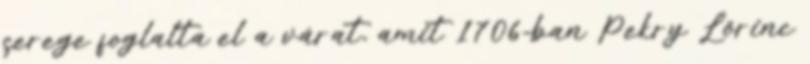
serege foglalta el a várat, amit 1706-ban Pekry Lőrinc